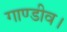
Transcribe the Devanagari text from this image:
गाण्डीव।